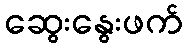
ဆွေးနွေးဖက်